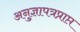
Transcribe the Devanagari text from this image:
अनुज्ञापत्रप्राप्त